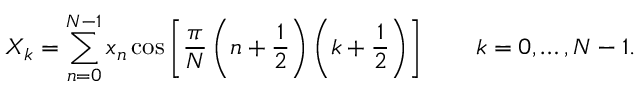
X _ { k } = \sum _ { n = 0 } ^ { N - 1 } x _ { n } \cos \left[ { \frac { \pi } { N } } \left( n + { \frac { 1 } { 2 } } \right) \left( k + { \frac { 1 } { 2 } } \right) \right] \quad \quad k = 0 , \dots , N - 1 .